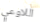
اللاوعي